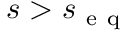
s > s _ { \mathrm { ~ e ~ q ~ } }